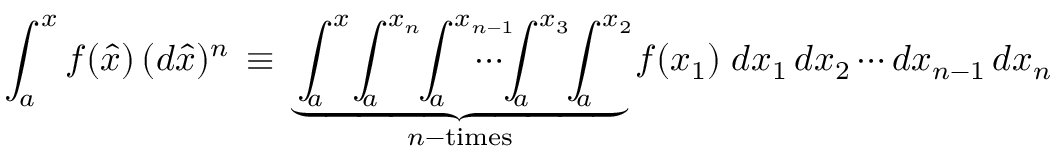
\int _ { a } ^ { x } f ( \hat { x } ) \, ( d \hat { x } ) ^ { n } \, \equiv \, \underbrace { \int _ { \! a } ^ { x } \! \int _ { \! a } ^ { x _ { n } } \! \! \int _ { \! a } ^ { x _ { n - 1 } } \! \! \! \! \! \! \! \! \cdots \! \int _ { \! a } ^ { x _ { 3 } } \! \! \int _ { \! a } ^ { x _ { 2 } } \! } _ { n \mathrm { \footnotesize - t i m e s } } f ( x _ { 1 } ) \; d x _ { 1 } \, d x _ { 2 } \cdots d x _ { n - 1 } \, d x _ { n }